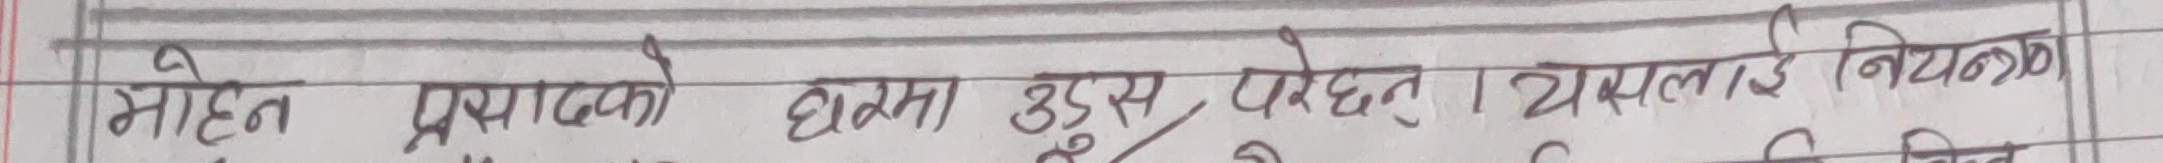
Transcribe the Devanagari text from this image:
मोहन प्रसादको छाता उड्न पुरेछन्। यसलाई नियन्त्रण